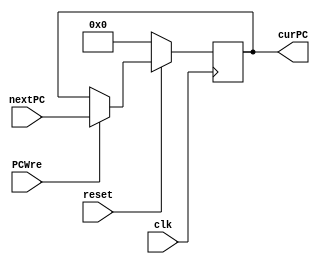
`timescale 1ns / 1ps

module PC( clk, reset, PCWre, nextPC, curPC);
    input clk, reset, PCWre;    // clkresetPCWrePC
    input [31:0] nextPC;        // nextPCPC
    output reg [31:0] curPC;   // PC

	// 
    always@(posedge clk) begin
        if( reset == 0)
            curPC <= 0;  // PC0, 0
        else if (PCWre)
			curPC = nextPC;  // 
    end
endmodule